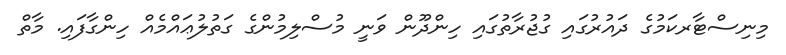
މިނިސްޓާރކަމުގެ ދައުރުގައި ގުޖުރާތުގައި ހިންދޫން ވަނީ މުސްލިމުންގެ ގަތުލުޢައްމެއް ހިންގާފައި. މާތް